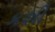
કશી